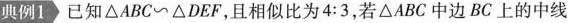
典例1 已知\bigtriangleupABC\sim\bigtriangleupDEF，且相似比为4:3，若\bigtriangleupABC中边BC上的中线